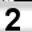
Digit: 2